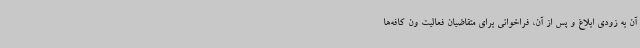
آن به زودی ابلاغ و پس از آن، فراخوانی برای متقاضیان فعالیت ون کافه‌ها